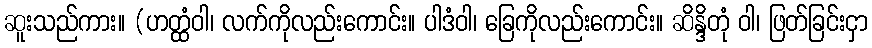
ဆူးသည်ကား။ (ဟတ္ထံဝါ၊ လက်ကိုလည်းကောင်း။ ပါဒံဝါ၊ ခြေကိုလည်းကောင်း။ ဆိန္ဒိတုံ ဝါ၊ ဖြတ်ခြင်းငှာ